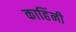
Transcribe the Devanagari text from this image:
काहिंनी